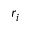
r _ { i }